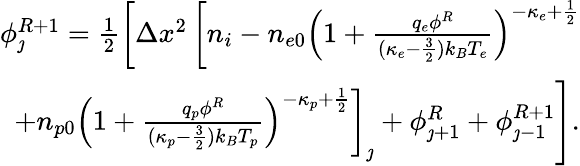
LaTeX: \begin{array}{r}{\phi_{\jmath}^{R+1}=\frac{1}{2}\left[\Delta x^{2}\left[n_{i}-n_{e0}\left(1+\frac{q_{e}\phi^{R}}{(\kappa_{e}-\frac{3}{2})k_{B}T_{e}}\right)^{-\kappa_{e}+\frac{1}{2}}\right.\right.}\\ {\left.\left.+n_{p0}\left(1+\frac{q_{p}\phi^{R}}{(\kappa_{p}-\frac{3}{2})k_{B}T_{p}}\right)^{-\kappa_{p}+\frac{1}{2}}\right]_{\jmath}+\phi_{\jmath+1}^{R}+\phi_{\jmath-1}^{R+1}\right].}\end{array}